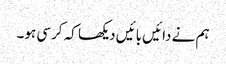
ہم نے دائیں بائیں دیکھا کہ کرسی ہو۔